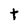
Character: t